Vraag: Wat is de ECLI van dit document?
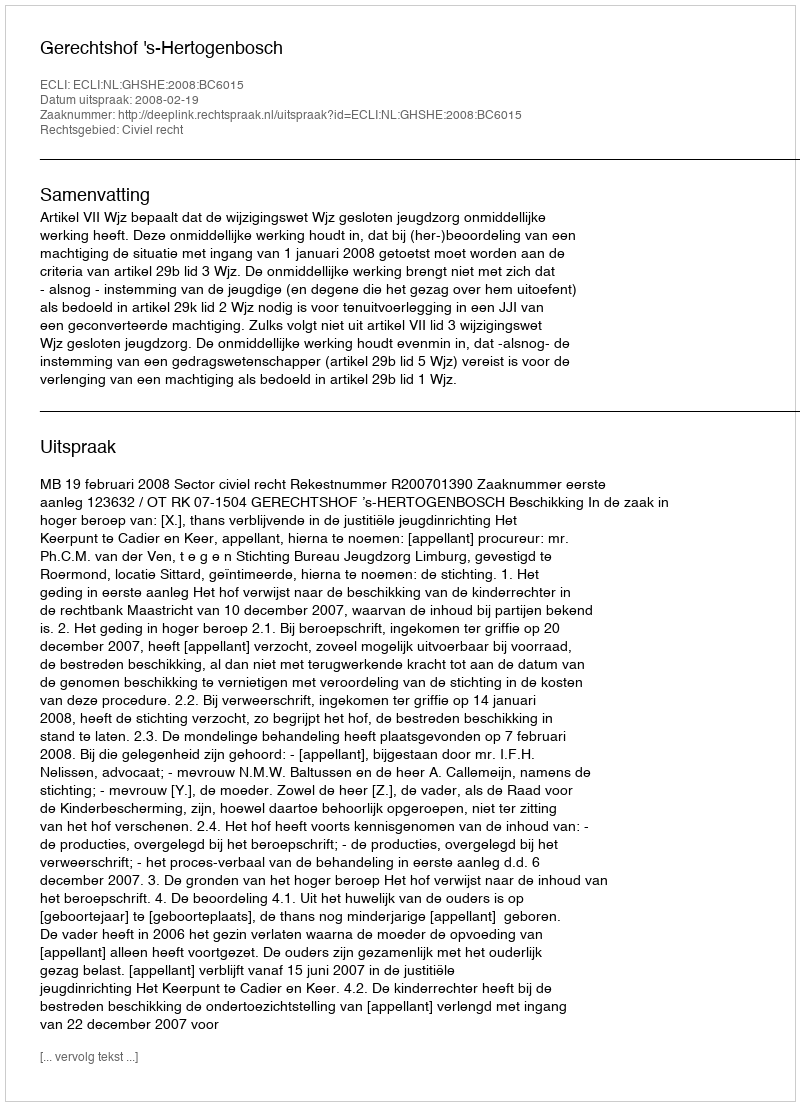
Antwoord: ECLI:NL:GHSHE:2008:BC6015